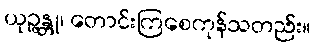
ယုဉ္ဇန္တု၊ တောင်းကြစေကုန်သတည်း။